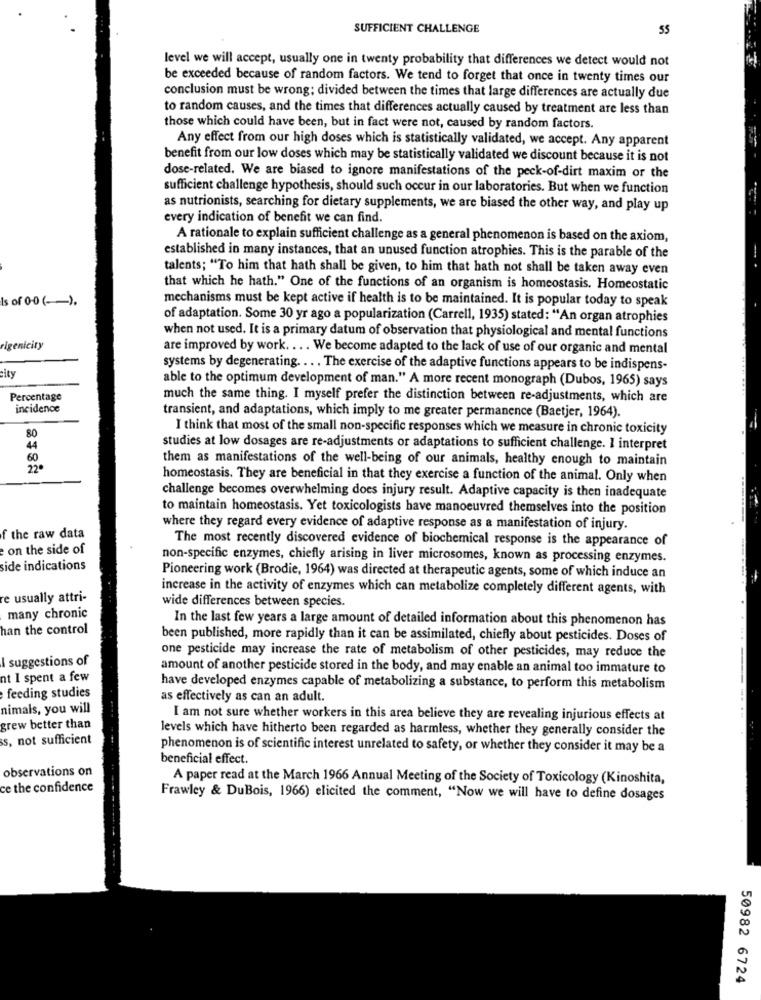
SUFFICIENT CHALLENGE
55
level we will accept, usually one in twenty probability that differences we detect would not
be exceeded because of random factors. We tend to forget that once in twenty times our
conclusion must be wrong; divided between the times that large differences are actually due
to random causes, and the times that differences actually caused by treatment are less than
those which could have been, but in fact were not, caused by random factors.
Any effect from our high doses which is statistically validated, we accept. Any apparent
benefit from our low doses which may be statistically validated we discount because it is not
dose-related. We are biased to ignore manifestations of the peck-of-dirt maxim or the
sufficient challenge hypothesis, should such occur in our laboratories. But when we function
as nutrionists, searching for dietary supplements, we are biased the other way, and play up
every indication of benefit we can find.
A rationale to explain sufficient challenge as a general phenomenon is based on the axiom,
established in many instances, that an unused function atrophies. This is the parable of the
talents; "To him that hath shall be given, to him that hath not shall be taken away even
that which he hath." One of the functions of an organism is homeostasis. Homeostatic
Is of 0-0 (-).
mechanisms must be kept active if health is to be maintained. It is popular today to speak
of adaptation. Some 30 yr ago a popularization (Carrell, 1935) stated: "An organ atrophies
when not used. It is a primary datum of observation that physiological and mental functions
rigenicity
are improved by work. ... We become adapted to the lack of use of our organic and mental
systems by degenerating. .. . The exercise of the adaptive functions appears to be indispens-
city
able to the optimum development of man." A more recent monograph (Dubos, 1965) says
Percentage
much the same thing. I myself prefer the distinction between re-adjustments, which are
incidence
transient, and adaptations, which imply to me greater permanence (Baetjer, 1964).
I think that most of the small non-specific responses which we measure in chronic toxicity
80
44
studies at low dosages are re-adjustments or adaptations to sufficient challenge. I interpret
them as manifestations of the well-being of our animals, healthy enough to maintain
22 0
homeostasis. They are beneficial in that they exercise a function of the animal. Only when
challenge becomes overwhelming does injury result. Adaptive capacity is then inadequate
to maintain homeostasis. Yet toxicologists have manoeuvred themselves into the position
where they regard every evidence of adaptive response as a manifestation of injury.
f the raw data
The most recently discovered evidence of biochemical response is the appearance of
on the side of
non-specific enzymes, chiefly arising in liver microsomes, known as processing enzymes.
side indications
Pioneering work (Brodie, 1964) was directed at therapeutic agents, some of which induce an
increase in the activity of enzymes which can metabolize completely different agents, with
re usually attri-
wide differences between species.
many chronic
In the last few years a large amount of detailed information about this phenomenon has
han the control
been published, more rapidly than it can be assimilated, chiefly about pesticides. Doses of
I suggestions of
one pesticide may increase the rate of metabolism of other pesticides, may reduce the
amount of another pesticide stored in the body, and may enable an animal too immature to
nt I spent a few
have developed enzymes capable of metabolizing a substance, to perform this metabolism
feeding studies
as effectively as can an adult.
nimals, you will
I am not sure whether workers in this area believe they are revealing injurious effects at
grew better than
s, not sufficient
levels which have hitherto been regarded as harmless, whether they generally consider the
phenomenon is of scientific interest unrelated to safety, or whether they consider it may be a
beneficial effect.
observations on
A paper read at the March 1966 Annual Meeting of the Society of Toxicology (Kinoshita,
ce the confidence
Frawley & DuBois, 1966) elicited the comment, "Now we will have to define dosages
50982 6724